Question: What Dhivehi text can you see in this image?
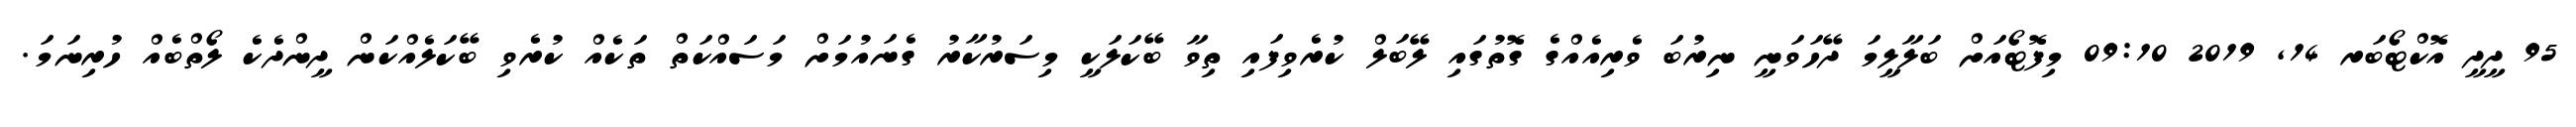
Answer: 95 ދީދީ އޮކްޓޯބަރ 14, 2019 09:10 މިފޮޓޯއަށް ބަލާލީމަ ދޭހަވަނީ ނިރުބަ ވެރިއެއްގެ ގޮތުގައި ލޭބަލް ކުރެވިފައި ތިވާ ބޭކަލަކީ މިސަރުކާރު ގެނައުމަށް މަސައްކަތް ތަކެއް ކުރެވި ބޭކަލެއްކަން ދީންދެކެ ލޯތްބެއް ހުރިނަމަ.